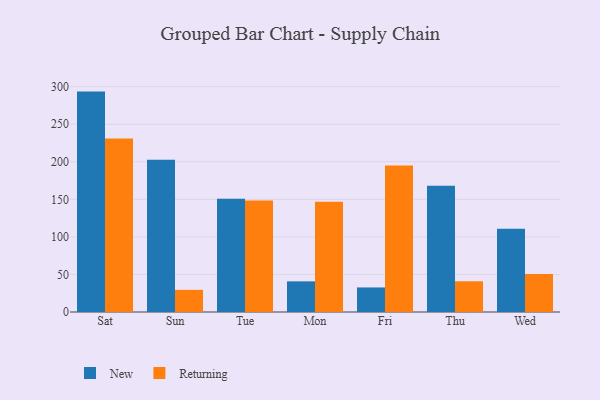
{"axis": {"x": "Day", "y": "Active Users"}, "legend": ["New", "Returning"], "data": [{"x": "Sat", "y": 293.4, "type": "New"}, {"x": "Sat", "y": 230.8, "type": "Returning"}, {"x": "Sun", "y": 202.8, "type": "New"}, {"x": "Sun", "y": 29.5, "type": "Returning"}, {"x": "Tue", "y": 150.9, "type": "New"}, {"x": "Tue", "y": 148.4, "type": "Returning"}, {"x": "Mon", "y": 40.8, "type": "New"}, {"x": "Mon", "y": 146.8, "type": "Returning"}, {"x": "Fri", "y": 32.7, "type": "New"}, {"x": "Fri", "y": 195.0, "type": "Returning"}, {"x": "Thu", "y": 168.1, "type": "New"}, {"x": "Thu", "y": 40.9, "type": "Returning"}, {"x": "Wed", "y": 110.7, "type": "New"}, {"x": "Wed", "y": 50.7, "type": "Returning"}]}